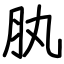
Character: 肒